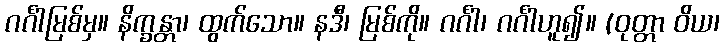
ဂင်္ဂါမြစ်မှ။ နိက္ခန္တာ၊ ထွက်သော။ နဒီ၊ မြစ်ကို။ ဂင်္ဂါ၊ ဂင်္ဂါဟူ၍။ (ဝုတ္တာ ဝိယ၊